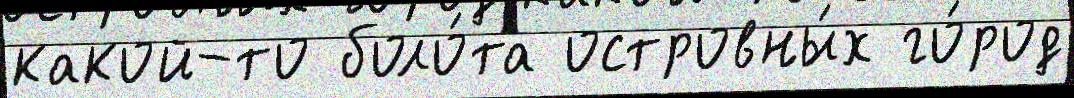
какой-то боло́та островны́х го́род